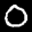
Label: 0